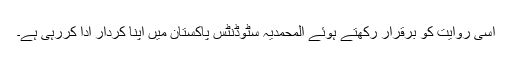
اسی روایت کو برقرار رکھتے ہوئے المحمدیہ سٹوڈنٹس پاکستان میں اپنا کردار ادا کررہی ہے۔